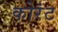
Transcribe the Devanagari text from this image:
कोरंट